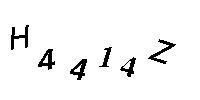
H4414Z